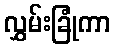
လွှမ်းခြုံကာ